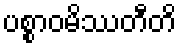
ပစ္စာဝမိဿတီတိ